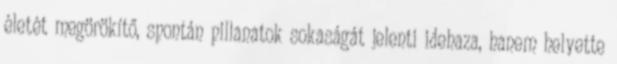
életét megörökítő, spontán pillanatok sokaságát jelenti idehaza, hanem helyette